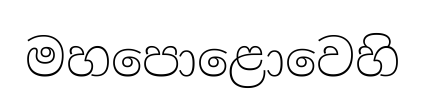
මහපොළොවෙහි